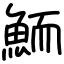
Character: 鮞